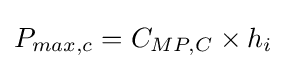
P_{max,c}=C_{MP,C}\times h_{i}